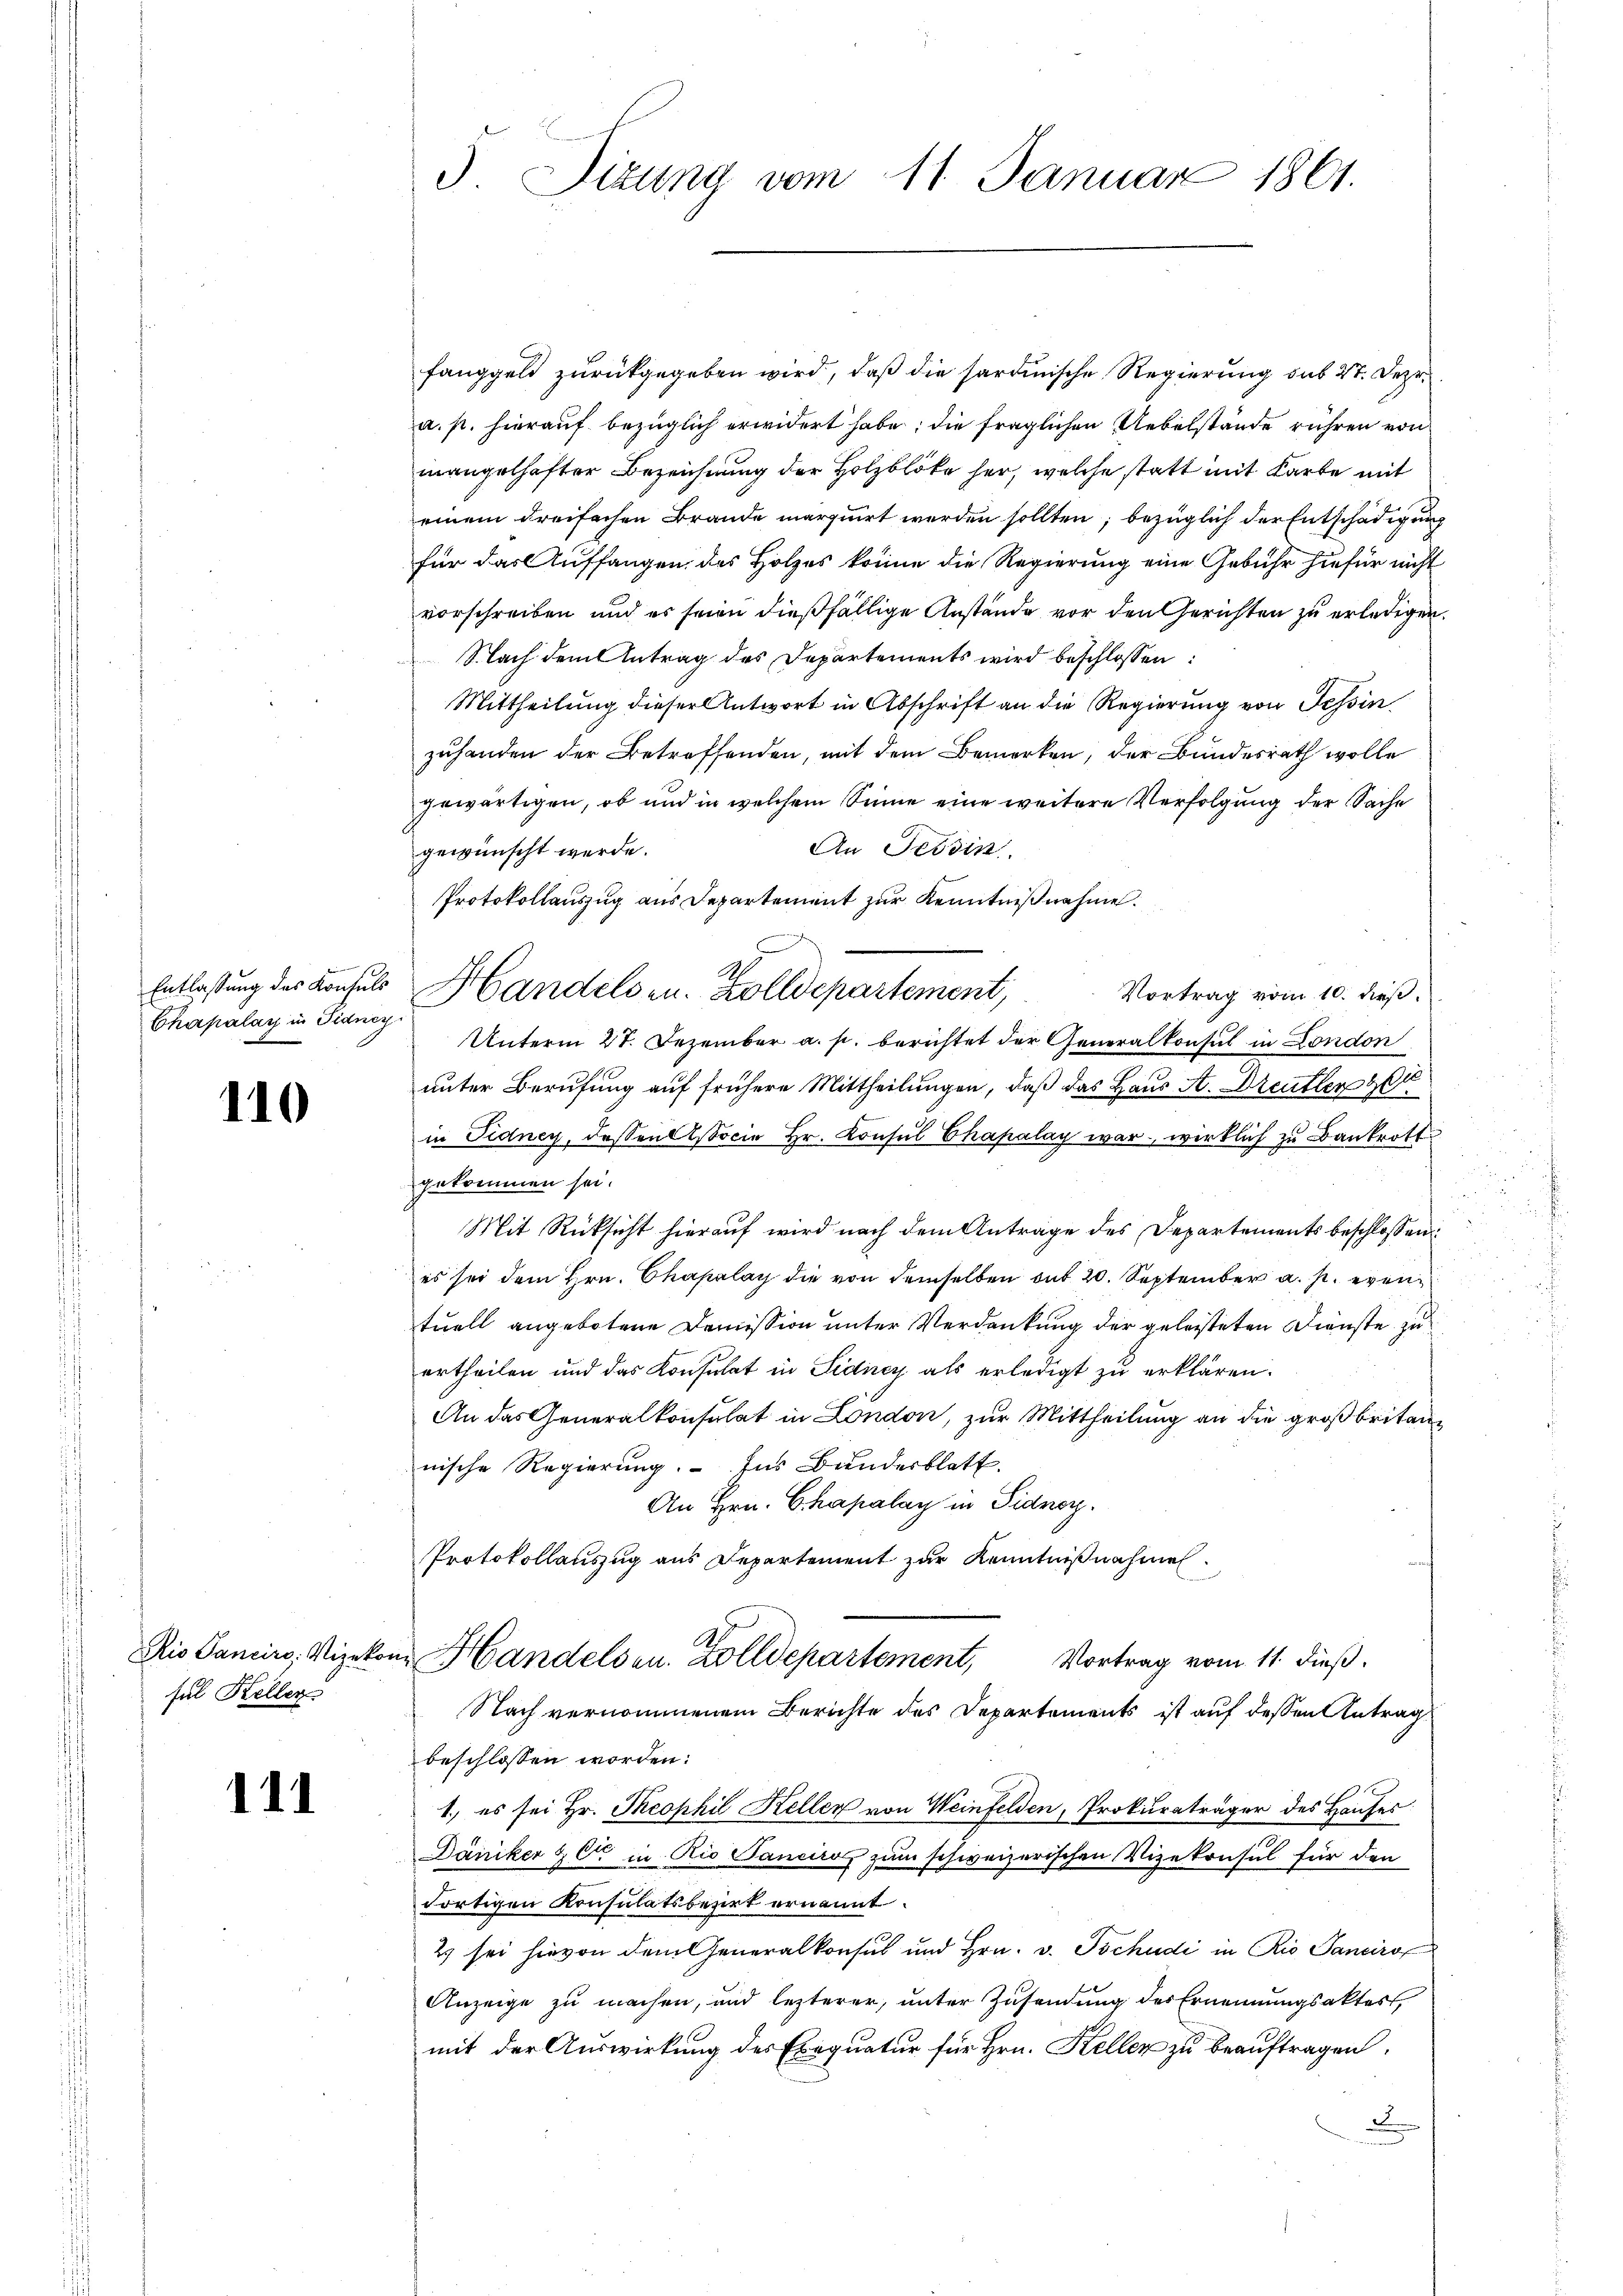
Chapalay in Fidney

110

Rio Sancirs: Vizeko
sul Kellen

111

5 Sitzung vom 11. Januar 1861.

fanggeld zurückgegeben wird, daß die sardinische Regierung sub 27. Deze
a. p. hierauf bezüglich erwidert habe; die fraglichen Uebelstände rühren von
mangelhafter Bezeichnung der Holzblöke her, welche statt mit Karte mit
einem dreifachen Brande marquirt werden sollten; bezüglich der Entschädigung
für das Auffangen, des Holzes könne die Regierung eine Gebühr hiefür nicht
vorschreiben und es seien dießfällige Anstände vor den Gerichten zu erledigen.
Nach dem Antrag des Departements wird beschlossen:
Mittheilung dieser Antwort in Abschrift an die Regierung von Tessin
zuhanden der Betreffenden, mit dem Bemerken, der Bundesrath wolle
gewärtigen, ob und in welchem Sinne eine weitere Verfolgung der Sache
An Tessin
gewünscht werde.
Protokollauszug aus Departement zur Kenntnißnahme.
Vortrag vom 10. dieß.
Unterm 27. Dezember a. p. berichtet der Generalkonsul in London
unter Berufung auf frühere Mittheilungen, daß das Haus A. Dreutter
in Fidney, dessen Associe Hr. Konsul Chapalay war, wirklich zu Bankrott
gekommen sei.
Mit Rücksicht hierauf wird nach dem Antrage des Departements beschlossen:
es sei dem Hrn. Chapalay die von demselben auf 20. September a. p. eventuell angebotene Domission unter Verdankung der geleisteten Dienste zu
ertheilen und das Konsulat in Sidney als erledigt zu erklären.
An das Generalkonsulat in London, zur Mittheilung an die großbritannische Regierung. - Ins Bundesblatt.
An Hrn. Chapalay in Sidvor.
Protokollauszug aus Departement zur Kenntnißnahmen.
.
in Handelsen. Zolldepartement, Vortrag vom 11. dieß.
Nach vernommenem Berichte des Departements ist auf dessen Antrag
beschlossen worden:
1.) es sei Hr. Theophil Keller von Weinfelden, Prokuraträger des Hauses
Däniker & Cie in Rio Sanciroz zum schweizerischen Vizekonsul für den
dortigen Konsulatsbezirt ernannt.
2 sei hievon dem Generalkonsul und Hrn. v. Tschudi in Rio Sanciro
Anzeige zu machen, und lezterer, unter Zusendung des Ernennungsaktes,
mit der Auswirkung des Exequatur für Hrn. Keller zu beauftragen.
x

Entlastung der Konsuls Handelsen. Zolldepartement,